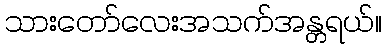
သားတော်လေးအသက်အန္တရယ်။